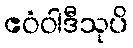
ဧဝံဝါဒီသုပိ